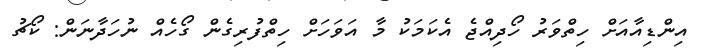
އިންޑިއާއަށް ހިތްވަރު ހޯދިއްޖެ އެކަމަކު މާ އަވަހަށް ހިތްފުރިގެން ގޯހެއް ނުހަދާނަން: ކޯޗު